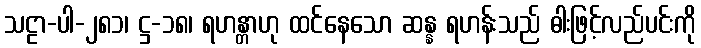
သဠာ-ပါ-၂၈၁၊ ဋ္ဌ-၁၈၊ ရဟန္တာဟု ထင်နေသော ဆန္န ရဟန်းသည် ဓါးဖြင့်လည်ပင်းကို